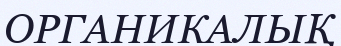
ОРГАНИКАЛЫҚ